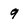
Character: 9